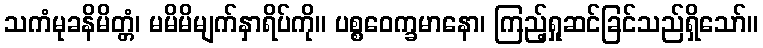
သကံမုခနိမိတ္တံ၊ မမိမိမျက်နှာရိပ်ကို။ ပစ္စဝေက္ခမာနော၊ ကြည့်ရှုဆင်ခြင်သည်ရှိသော်။